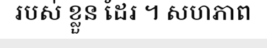
របស់ ខ្លួន ដែរ ។ សហភាព